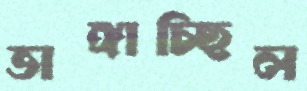
ভাঙ্গাচ্ছিল